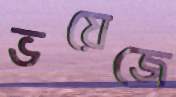
ভয়েজে